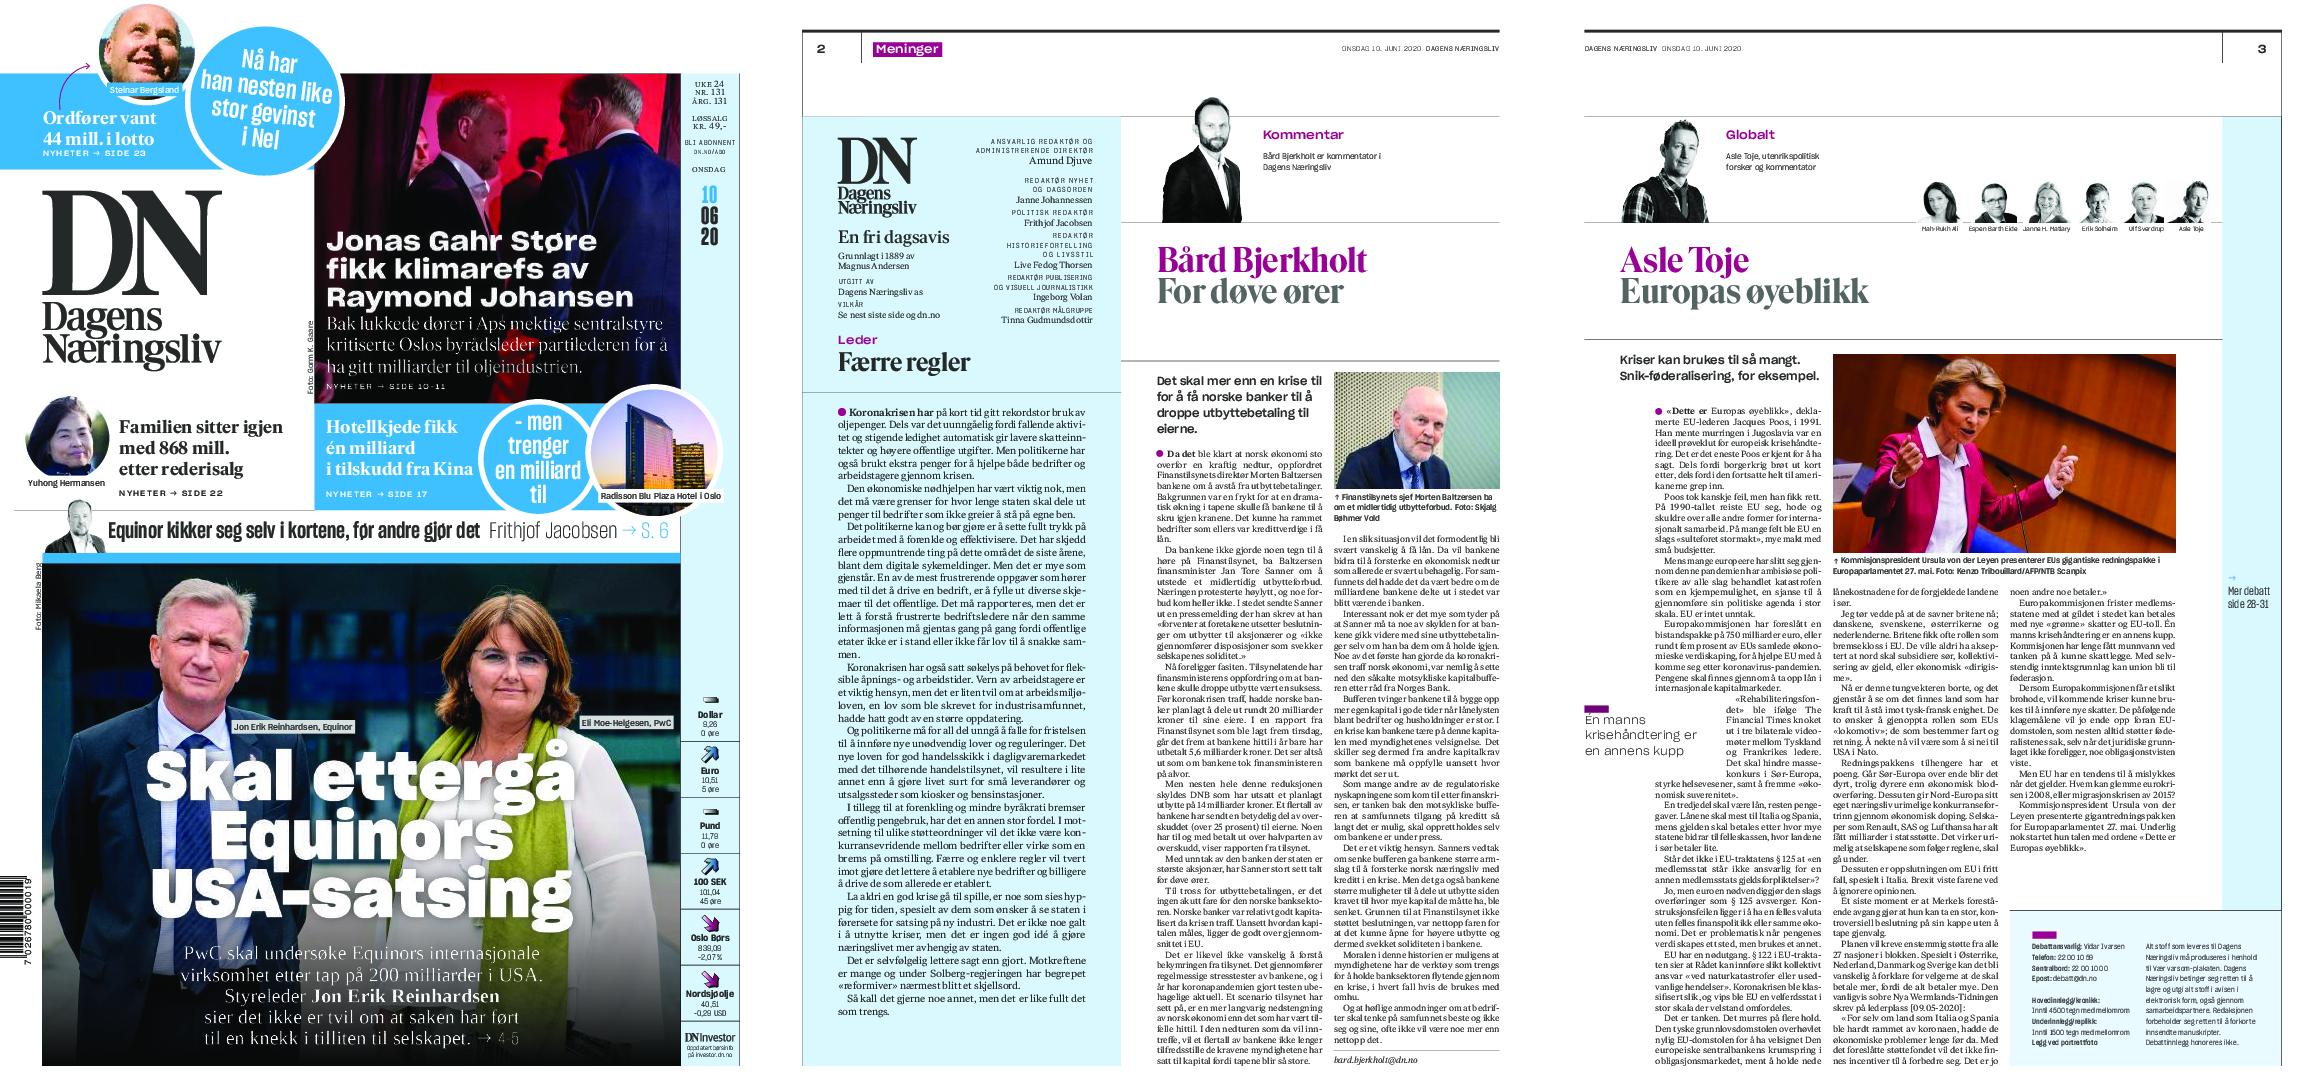
Language: no